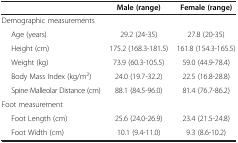
<table><thead><tr><td><b> </b></td><td><b>Male (range)</b></td><td><b>Female (range)</b></td></tr></thead><tbody><tr><td>Demographic measurements</td><td> </td><td> </td></tr><tr><td>Age (years)</td><td>29.2 (24-35)</td><td>27.8 (20-35)</td></tr><tr><td>Height (cm)</td><td>175.2 (168.3-181.5)</td><td>161.8 (154.3-165.5)</td></tr><tr><td>Weight (kg)</td><td>73.9 (60.3-105.5)</td><td>59.0 (44.9-78.4)</td></tr><tr><td>Body Mass Index (kg/m<sup>2</sup>)</td><td>24.0 (19.7-32.2)</td><td>22.5 (16.8-28.8)</td></tr><tr><td>Spine Malleolar Distance (cm)</td><td>88.1 (84.5-96.0)</td><td>81.4 (76.7-86.2)</td></tr><tr><td>Foot measurement</td><td> </td><td> </td></tr><tr><td>Foot Length (cm)</td><td>25.6 (24.0-26.9)</td><td>23.4 (21.5-24.8)</td></tr><tr><td>Foot Width (cm)</td><td>10.1 (9.4-11.0)</td><td>9.3 (8.6-10.2)</td></tr></tbody></table>